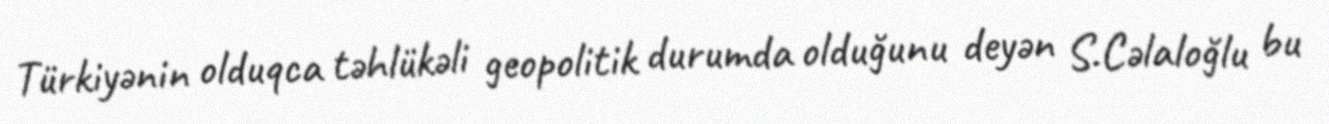
Türkiyənin olduqca təhlükəli geopolitik durumda olduğunu deyən S.Cəlaloğlu bu